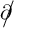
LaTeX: \partial \! \! \! { \big / }